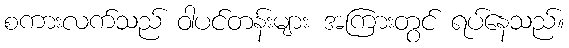
စကားလက်သည် ဝါပင်တန်းများ အကြားတွင် ရပ်နေသည်။